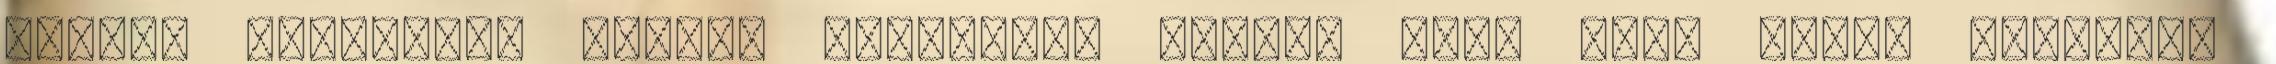
akarja téríteni, sátáni szolgának tartja vagy hogy éppen gyerekek